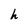
Character: h